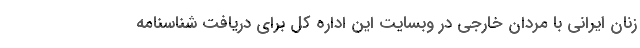
زنان ایرانی با مردان خارجی در وبسایت این اداره کل برای دریافت شناسنامه